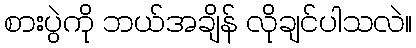
စားပွဲကို ဘယ်အချိန် လိုချင်ပါသလဲ။